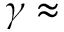
\gamma \approx